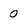
Character: 0